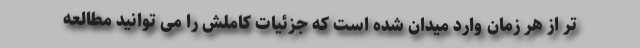
تر از هر زمان وارد میدان شده است که جزئیات کاملش را می توانید مطالعه